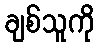
ချစ်သူကို